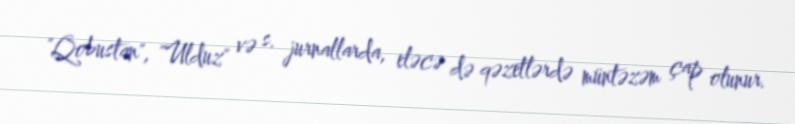
"Qobustan", "Ulduz" və s. jurnallarda, eləcə də qəzetlərdə müntəzəm çap olunur.